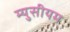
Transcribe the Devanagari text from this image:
म्युसीयम